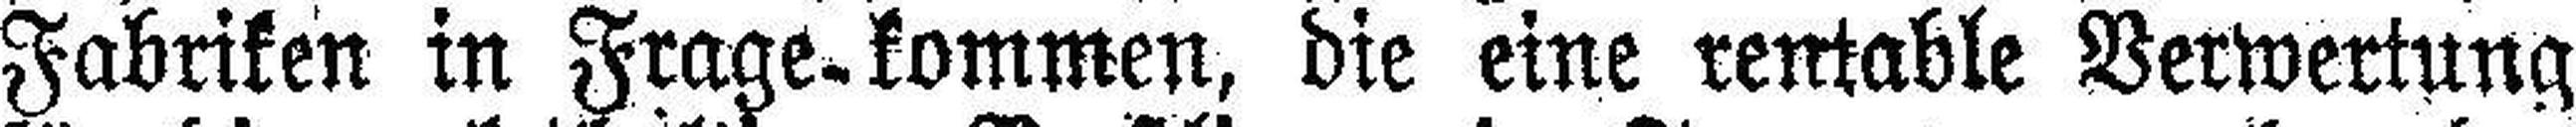
Fabriken in Frage-kommen, die eine rentable Verwertung